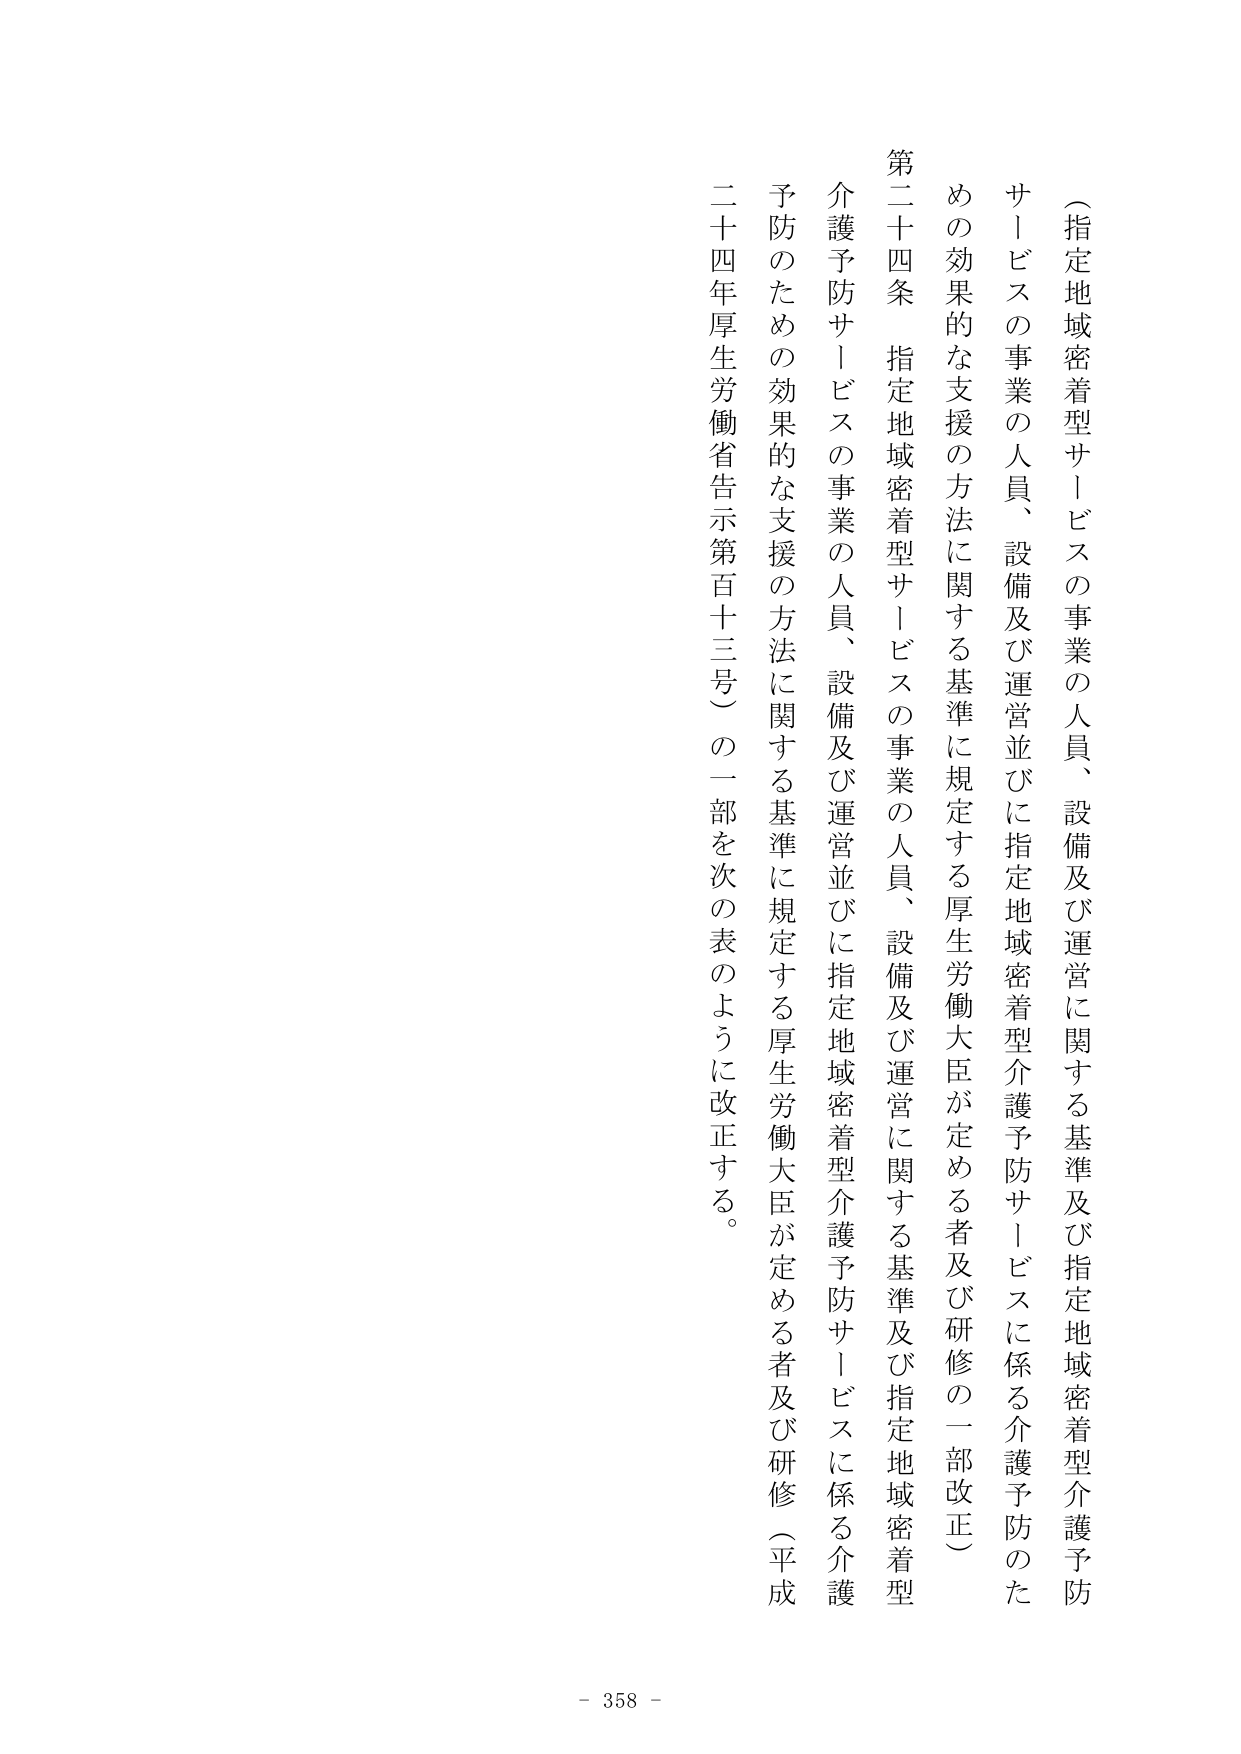
（指定地域密着型サービスの事業の人員、設備及び運営に関する基準及び指定地域密着型介護予防サービスの事業の人員、設備及び運営並びに指定地域密着型介護予防サービスに係る介護予防のための効果的な支援の方法に関する基準に規定する厚生労働大臣が定める者及び研修の一部改正）

第二十四条 指定地域密着型サービスの事業の人員、設備及び運営に関する基準及び指定地域密着型介護予防サービスの事業の人員、設備及び運営並びに指定地域密着型介護予防サービスに係る介護予防のための効果的な支援の方法に関する基準に規定する厚生労働大臣が定める者及び研修（平成二十四年厚生労働省告示第百十三号）の一部を次の表のように改正する。

- 358 -